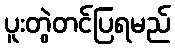
ပူးတွဲတင်ပြရမည်